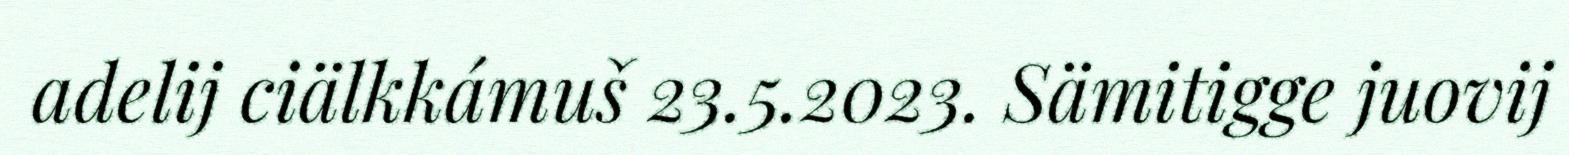
adelij ciälkkámuš 23.5.2023. Sämitigge juovij